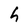
Character: h